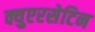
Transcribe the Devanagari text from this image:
क्युएरसेटिन